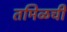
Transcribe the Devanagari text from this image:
तमिळची